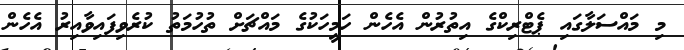
މި މައްސަލާގައި ޕެޓްރިކްގެ އިތުރުން އެހެން ހަމީހަކުގެ މައްޗަށް ތުހުމަތު ކުރެވިފައިވާއިރު އެހެން